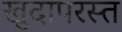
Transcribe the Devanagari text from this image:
खुदापरस्त